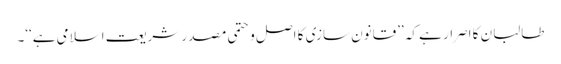
طالبان کا اصرار ہے کہ ’’قانون سازی کا اصل وحتمی مصدر شریعت اسلامی ہے‘‘۔